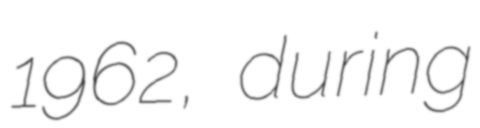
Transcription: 1962, during